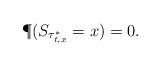
LaTeX: \begin{align*}\P(S_{\tau^*_{t,x}}=x)=0.\end{align*}